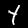
Digit: 4